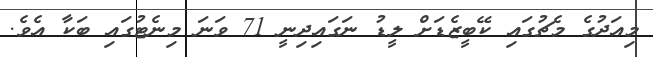
މިއަދުގެ މެޗުގައި ކޭބީޒެޑަށް ލީޑު ނަގައިދިނީ 71 ވަނަ މިނެޓުގައި ބަކާ އެވެ.